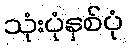
သုံးပုံနှစ်ပုံ